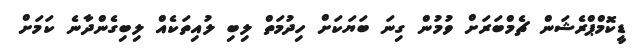
ޑީކޮމްޕްރެޝަން ޗެމްބަރަށް ވުމުން ގިނަ ބަޔަކަށް ހިދުމަތް ލިބި ލުއިތަކެއް ލިބިގެންދާނެ ކަމަށް